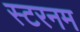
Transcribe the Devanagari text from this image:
स्टरनम